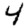
Digit: 4